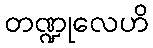
တဏ္ဍုလေဟိ